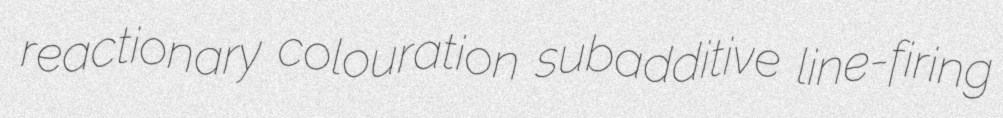
reactionary colouration subadditive line-firing